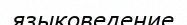
языковедение